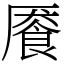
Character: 餍